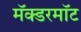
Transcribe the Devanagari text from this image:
मॅक्डरमॉट